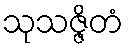
သုသဇ္ဇိတံ